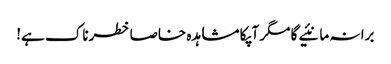
برا نہ مانئیے گا مگر آپکا مشاہدہ خاصا خطرناک ہے!